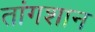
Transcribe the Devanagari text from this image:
तांगशान